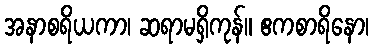
အနာစရိယကာ၊ ဆရာမရှိကုန်။ ဧကစာရိနော၊